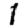
Digit: 1